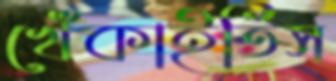
খেঁকাইতিস